Language: tamil
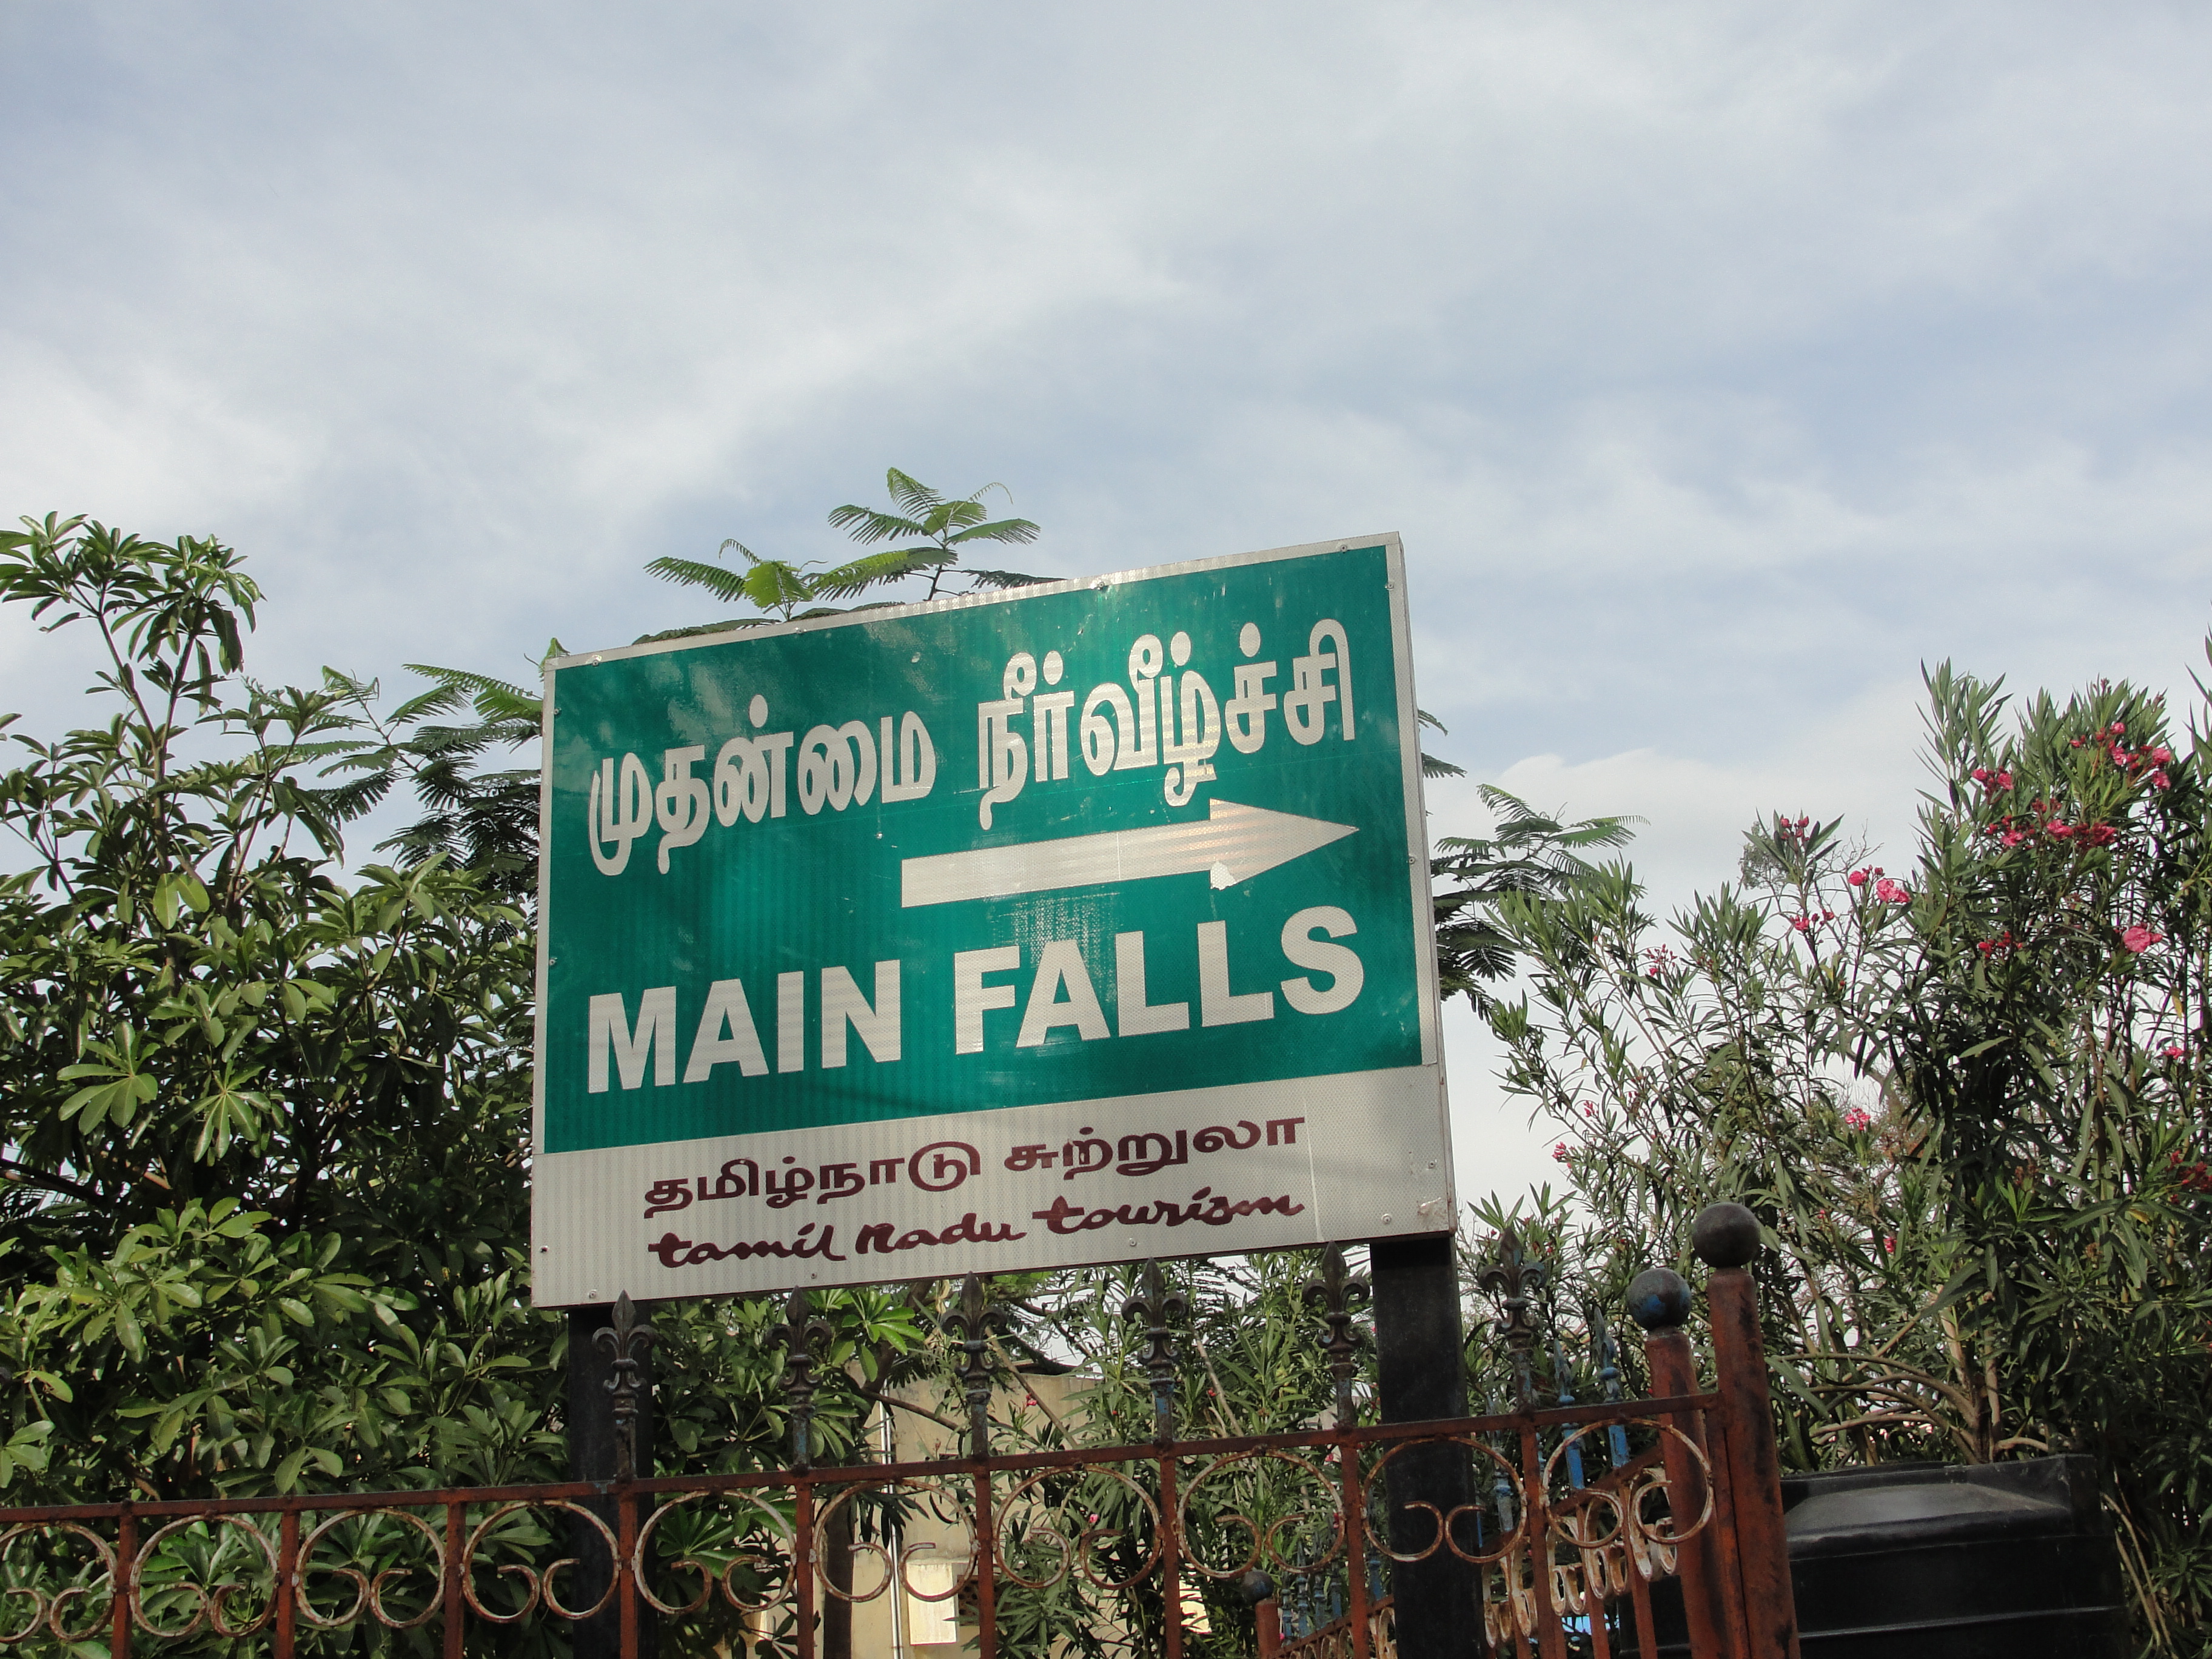
Transcription: நீா்வீழ்ச்சி தமிழ்நாடு சுற்றுலா முதன்மை